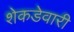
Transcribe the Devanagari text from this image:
शेकडेवारी